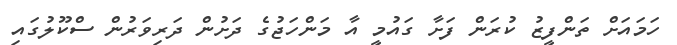
ހަމައަށް ތަންފީޒު ކުރަން ފަށާ ގައުމީ އާ މަންހަޖުގެ ދަށުން ދަރިވަރުން ސްކޫލުގައި